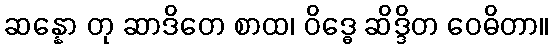
ဆန္နော တု ဆာဒိတေ စာထ၊ ဝိဒ္ဓေ ဆိဒ္ဒိတ ဝေဓိတာ။